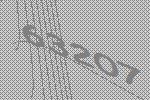
63207